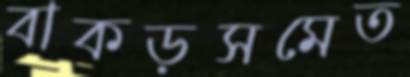
বাকড়সমেত